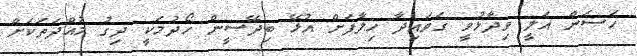
ހަސަން އަލީ ވިދާޅުވީ ގަވައިދާ ހިލާފަށް އުޅޭ ބިދޭސީން ހޯދުމަކީ ދިގު މުއްދަތަކަށް